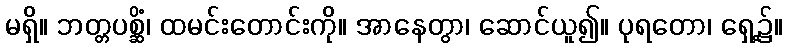
မရှိ။ ဘတ္တပစ္ဆိံ၊ ထမင်းတောင်းကို။ အာနေတွာ၊ ဆောင်ယူ၍။ ပုရတော၊ ရှေ့၌။